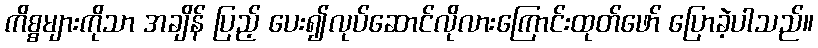
ကိစ္စများကိုသာ အချိန် ပြည့် ပေး၍လုပ်ဆောင်လိုလားကြောင်းထုတ်ဖော် ပြောခဲ့ပါသည်။